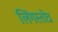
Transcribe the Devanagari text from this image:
लिंगस्तोत्र